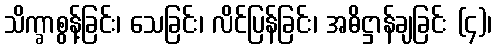
သိက္ခာစွန့်ခြင်း၊ သေခြင်း၊ လိင်ပြန်ခြင်း၊ အဓိဋ္ဌာန်ချခြင်း (၄)၊